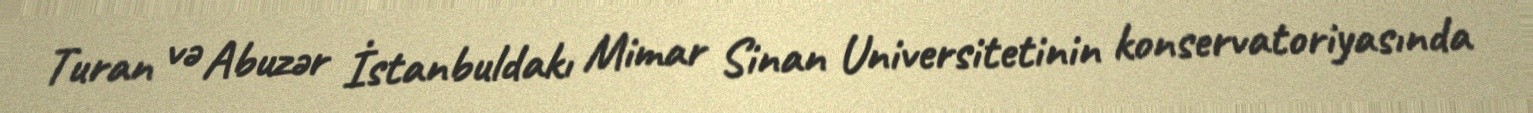
Turan və Abuzər İstanbuldakı Mimar Sinan Universitetinin konservatoriyasında